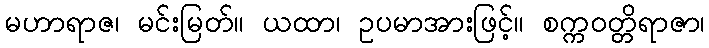
မဟာရာဇ၊ မင်းမြတ်။ ယထာ၊ ဥပမာအားဖြင့်။ စက္ကဝတ္တိရာဇာ၊